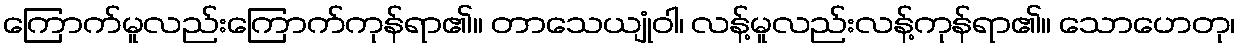
ကြောက်မူလည်းကြောက်ကုန်ရာ၏။ တာသေယျုံဝါ၊ လန့်မူလည်းလန့်ကုန်ရာ၏။ သောဟေတု၊